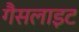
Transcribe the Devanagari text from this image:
गैसलाइट